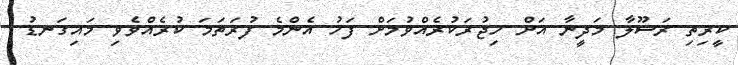
ކީރިތި ރަސޫލާ މަދީނާ އަށް ހިޖުރަކުރެއްވުމަށް ފަހު އެންމެ ފުރަތަމަ ކުރެއްވެވި މައިގަނޑު